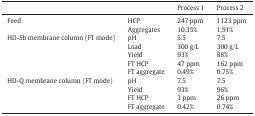
<table><thead><tr><td>[EMPTY_CELL]</td><td>[EMPTY_CELL]</td><td><b>Process 1</b></td><td><b>Process 2</b></td></tr></thead><tbody><tr><td rowspan="2">Feed</td><td>HCP</td><td>247 ppm</td><td>1123 ppm</td></tr><tr><td>Aggregates</td><td>10.35%</td><td>1.91%</td></tr><tr><td rowspan="5">HD-Sb membrane column (FT mode)</td><td>pH</td><td>5.5</td><td>7.5</td></tr><tr><td>Load</td><td>300 g/L</td><td>300 g/L</td></tr><tr><td>Yield</td><td>93%</td><td>88%</td></tr><tr><td>FT HCP</td><td>47 ppm</td><td>162 ppm</td></tr><tr><td>FT aggregate</td><td>0.49%</td><td>0.75%</td></tr><tr><td rowspan="4">HD-Q membrane column (FT mode)</td><td>pH</td><td>7.5</td><td>7.5</td></tr><tr><td>Yield</td><td>93%</td><td>96%</td></tr><tr><td>FT HCP</td><td>3 ppm</td><td>26 ppm</td></tr><tr><td>FT aggregate</td><td>0.42%</td><td>0.74%</td></tr></tbody></table>